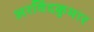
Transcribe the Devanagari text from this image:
अरविंदकुमार